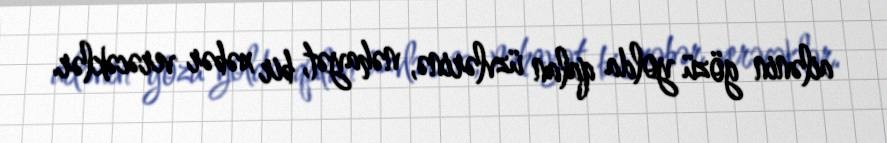
ailənin gözü yolda qalan üzvlərinə, nəhayət, bir xəbər verəcəklər.